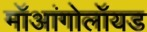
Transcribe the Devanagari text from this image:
मॉआंगोलॉयड